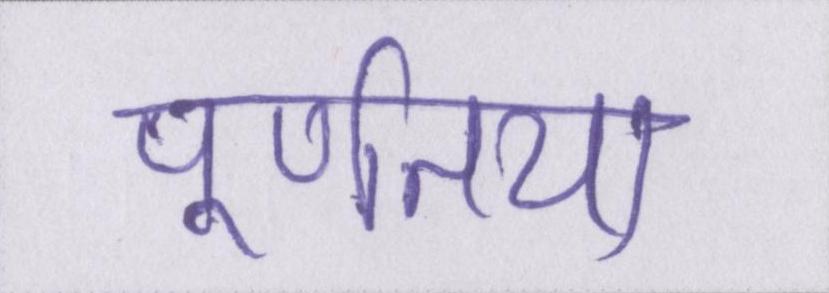
पूर्णतया